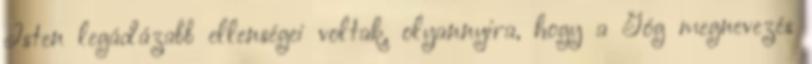
Isten legádázabb ellenségei voltak, olyannyira, hogy a Góg megnevezés